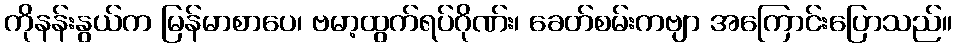
ကိုနန်းနွယ်က မြန်မာစာပေ၊ ဗမာ့ထွက်ရပ်ဂိုဏ်း၊ ခေတ်စမ်းကဗျာ အကြောင်းပြောသည်။